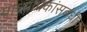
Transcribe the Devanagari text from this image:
प्राध्यापकांसबंधीचा